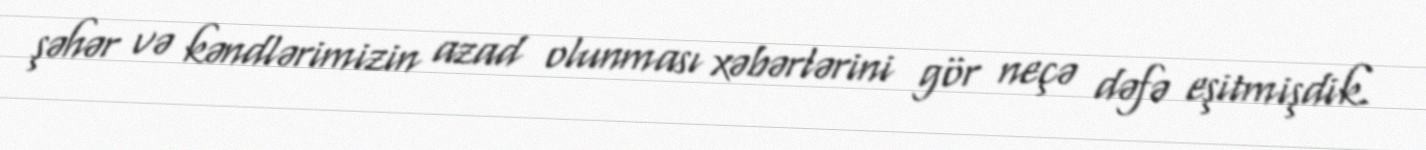
şəhər və kəndlərimizin azad olunması xəbərlərini gör neçə dəfə eşitmişdik.